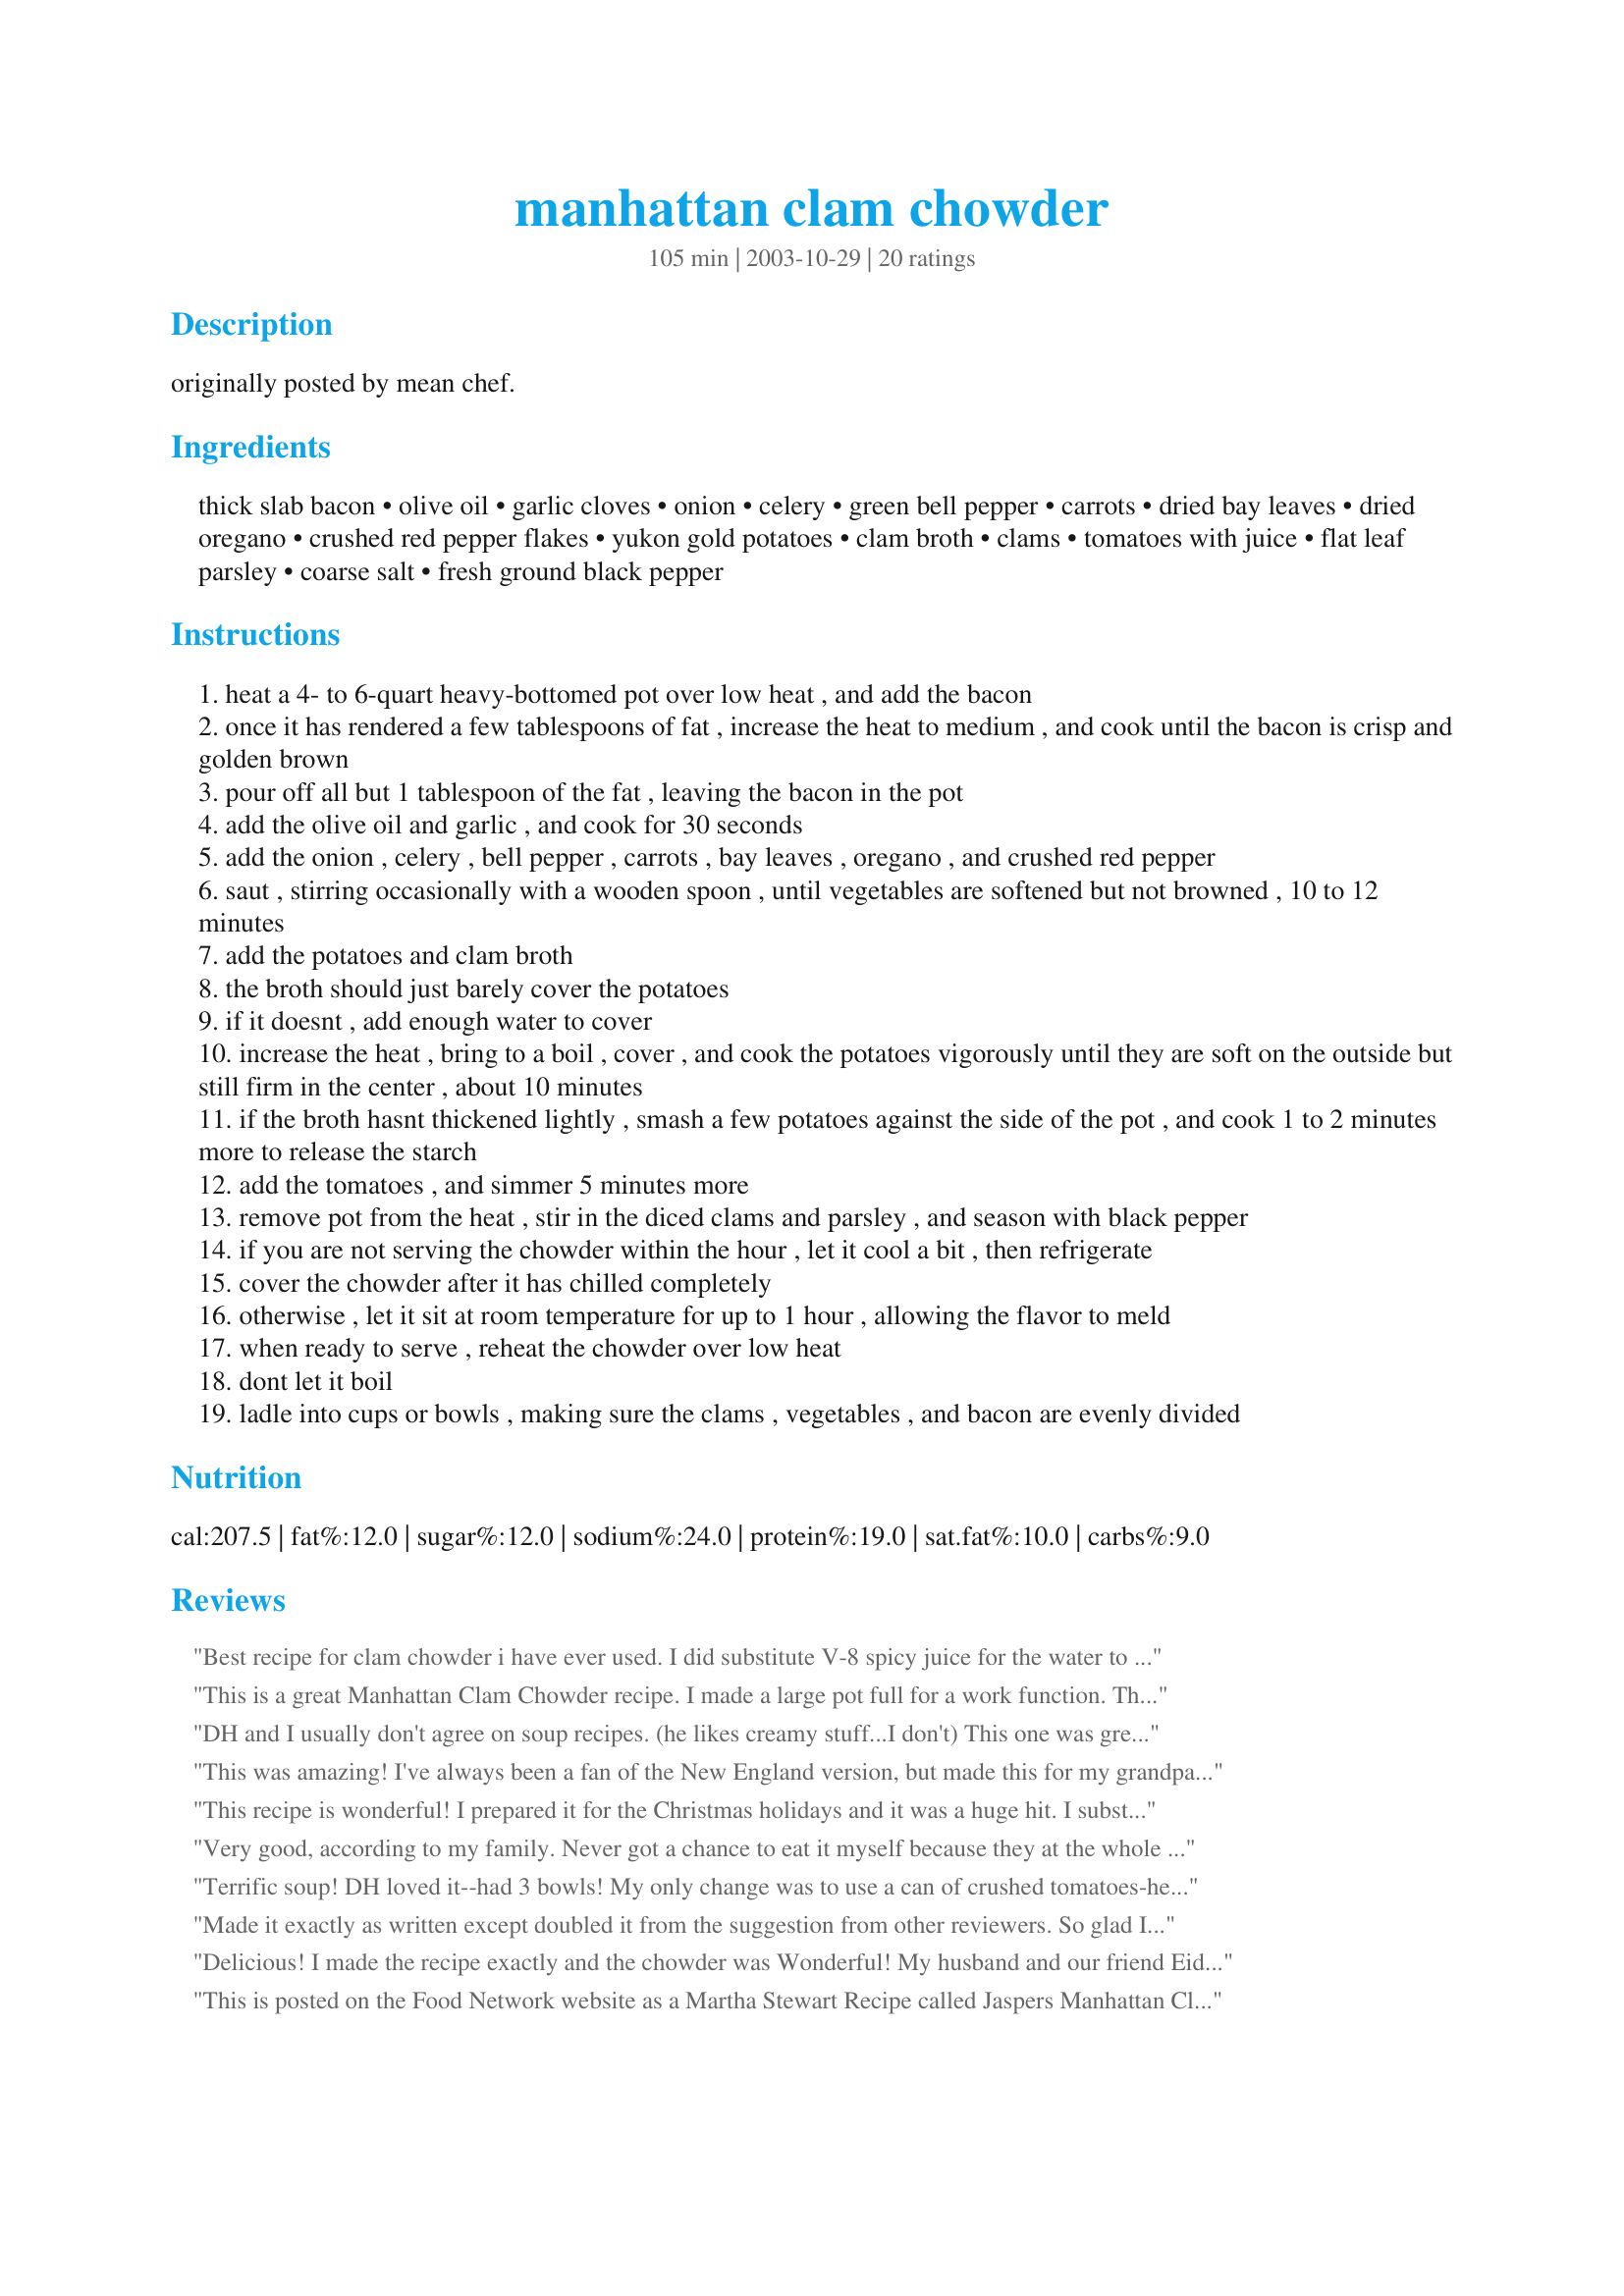
manhattan clam chowder
Preparation time: 105 minutes

originally posted by mean chef.

Ingredients:
thick slab bacon, olive oil, garlic cloves, onion, celery, green bell pepper, carrots, dried bay leaves, dried oregano, crushed red pepper flakes, yukon gold potatoes, clam broth, clams, tomatoes with juice, flat leaf parsley, coarse salt, fresh ground black pepper

Steps:
heat a 4- to 6-quart heavy-bottomed pot over low heat , and add the bacon
once it has rendered a few tablespoons of fat , increase the heat to medium , and cook until the bacon is crisp and golden brown
pour off all but 1 tablespoon of the fat , leaving the bacon in the pot
add the olive oil and garlic , and cook for 30 seconds
add the onion , celery , bell pepper , carrots , bay leaves , oregano , and crushed red pepper
saut , stirring occasionally with a wooden spoon , until vegetables are softened but not browned , 10 to 12 minutes
add the potatoes and clam broth
the broth should just barely cover the potatoes
if it doesnt , add enough water to cover
increase the heat , bring to a boil , cover , and cook the potatoes vigorously until they are soft on the outside but still firm in the center , about 10 minutes
if the broth hasnt thickened lightly , smash a few potatoes against the side of the pot , and cook 1 to 2 minutes more to release the starch
add the tomatoes , and simmer 5 minutes more
remove pot from the heat , stir in the diced clams and parsley , and season with black pepper
if you are not serving the chowder within the hour , let it cool a bit , then refrigerate
cover the chowder after it has chilled completely
otherwise , let it sit at room temperature for up to 1 hour , allowing the flavor to meld
when ready to serve , reheat the chowder over low heat
dont let it boil
ladle into cups or bowls , making sure the clams , vegetables , and bacon are evenly divided

Reviews:
Best recipe for clam chowder i have ever used. I did substitute V-8 spicy
juice for the water to cove the ingredience. Everybody has loved the chowder.
This is a great Manhattan Clam Chowder recipe. I made a large pot full for a work function. There were not leftovers and I received rave reviews. I pretty much followed the recipe as is. Thanks Jeff.
DH and I usually don't agree on soup recipes. (he likes creamy stuff...I don't)
This one was great!!
Both of us enjoyed it...and plan to prepare it again.

This was amazing! I've always been a fan of the New England version, but made this for my grandparents who loved it. Very easy to prepare and absolutely fantastic a day later after the flavors have "gotten happy." I couldn't find actual clam broth, so I bought two bottles of clam juice and used the juice from 5 tuna sized cans of baby clams and added a cup of vegetable broth to make up the 5 cups. This is definitely a repeat and a wonderful change from the New England version. Thanks for sharing!
This recipe is wonderful! I prepared it for the Christmas holidays and it was a huge hit. I substituted about a cup of canned whole clams for a cup of the chopped. I would also puree some with a hand blender to thicken it up a bit more. This recipe will definitely go in my file.
Very good, according to my family. Never got a chance to eat it myself because they at the whole pot ! I am giving it 5-stars because it made a non-Manhattan Clam Chowder person a fan. Thank you !
Terrific soup! DH loved it--had 3 bowls! My only change was to use a can of crushed tomatoes-he doesn't like chunks of tomato in anything. Thanks for a great recipe!
Made it exactly as written except doubled it from the suggestion from other reviewers. So glad I did that!! A friend came by to watch football while I was making it and he was impressed. Had to give him some to take home to the family. I noticed there was no picture so i hurried up and took one before it disappeared. I couldn&#039;t find clam broth so I used clam juice and some water. I used 1 lb fresh clams (and the juice from them) plus 2 6.5 oz cans of clams (plus their juice).
Delicious! I made the recipe exactly and the chowder was Wonderful! My husband and our friend Eider ate two bowls of chowder. I served butter crackers and sprinkled grated parmesan cheese on top of chowder. Yummo!
This is posted on the Food Network website as a Martha Stewart Recipe called Jaspers Manhattan Clam Chowder. It gives detailed directions for steaming the fresh clams and making the clam broth for those wishing to go the extra step and also save some money.
This is a wonderful thick and hearty chowder that's not overly tomatoey! The only change I made to this was to add about 1/2 tsp or so of dried thyme. Cook times were right on. We loved it and will make it over and over again.
Now I can see what the excitement over clam chowder is! I don't care for New England Clam Chowder (yeah, I'm a sad excuse for a New Englander - LOL), but I'd definitely make this one again. Simple and quick to make once all the veggies and clams are chopped, and the end result is a lovely thick chowder that doesn't involve clams floating in warm cream. Good stuff, thanks for posting!
This chowder tastes EXCELLENT and is very easy to prepare!
 The only changes I made were that I used 1 tablespoon of dried parsley flakes instead of the 1/4 cup fresh parsley, I used 2 tablespoons of pre-rendered bacon fat instead of using the slab bacon and I used regular salt & pepper from my shakers.
 If you are a Manhattan Clam Chowder lover - You will want to double this recipe!
Made this a couple of weeks ago and plan to make it again today. It is a great soup. I like it and my BF really, really likes it. I halved the recipe but only made a couple of changes - less bacon and red bell pepper instead of green. Easy to make - just took a bit of time to chop up all the ingredients.
The ONLY Manhattan Clam Chowder recipe you will need. I can&#039;t believe how amazing and how EASY it all came together. I made a few changes, based on reviews and personal preference. Used clam juice. Used the mini potatoes/Ukon Golds, chunky cut. Doubled carrots, 2 a small dice that went into aeromatics, the other 2 chunky as listed. Garlic after the veg had softened, not before (too soon burns it). Used Crushed tomatoes. Omitted bay leaf (don&#039;t like them) and subbed 1/4 cup fresh parsely for oregano. Added 2 tsp dry tyme. To keep it brothy (I did a long simmer) I periodically added chicken broth, ended up adding 2/3 of a box. And I tossed in 1/2 cup marsala wine at the last 4 minutes of veg cooking prior to adding liquids. I do that in most soups and stews. I kept the green peppers. I like Manhattan Clam Chowder to have a tang to it. I didn&#039;t keep bacon in it, just used the fat, used 3 pieces thick cut peppered bacon. Ate it while the soup cooked. Yum. The base of this recipe was perfect, and I did a heap ton of research before using this as the template. You SO can&#039;t go wrong with this one. I&#039;d give it 10 stars if I could.
My sister-in-law was talking about how much she loves Manhattan Clam Chowder, and the fact that it is hard to get in restaurants where we live. I found this recipe and surprised her with it and she couldn't stop raving about it. We were painting at her house and all the people there that sampled it loved it. My brother a confirmed "Clam Chowder hater" LOVED it. Thanks for the great recipe.
This was absolutely the best clam chowder that I've ever tasted!

It was easy and made the right amount.

Thanks very much Mean Chef.


Made it without the bell pepper and bacon and added Italian tomatoes. Delicious!!
Jeffie--I'm so glad you got this recipe, know you can be trusted not to fool with a perfect thing! Made this just as written and it was wonderful! It's been years since I've had really good Manhatten style clam chowder, this was well worth waiting for! Thanks again Jeff for knowing a good thing when you see it!!!!
YUM! This recipe was surprisingly easy and tasted better than my favorite soup place that prides themself on clam chowder. I made this for two people and it lasted us 3 days. I didn't have thick slab bacon so i just cut up 5 slices of regular bacon and it worked just as well. I cut off some of the fat first before frying and I didn't have to dump any of the hot grease after. I also omitted the green pepper and removed the bay leaves before adding the clams. I served this with some buttered freshly baked bacon cheddar rolls and it was sooo goood. I will make it again soon for sure.
